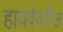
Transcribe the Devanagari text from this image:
हायवेवरील